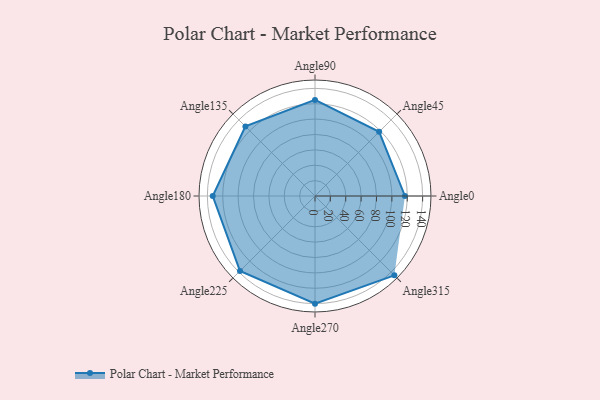
{"axis": {"x": "Angle", "y": "Radius"}, "legend": [""], "data": [{"x": "Angle0", "y": 117.0, "type": ""}, {"x": "Angle45", "y": 118.0, "type": ""}, {"x": "Angle90", "y": 125.0, "type": ""}, {"x": "Angle135", "y": 128.0, "type": ""}, {"x": "Angle180", "y": 133.0, "type": ""}, {"x": "Angle225", "y": 138.0, "type": ""}, {"x": "Angle270", "y": 140.0, "type": ""}, {"x": "Angle315", "y": 146.0, "type": ""}]}